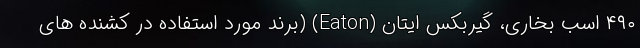
۴۹۰ اسب بخاری، گیربکس ایتان (Eaton) (برند مورد استفاده در کشنده های